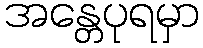
အန္တေပုရမှာ